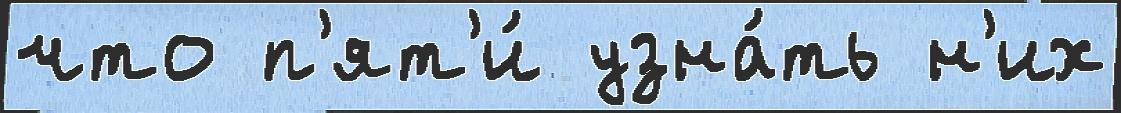
что п'ят'и́ узна́ть н'их